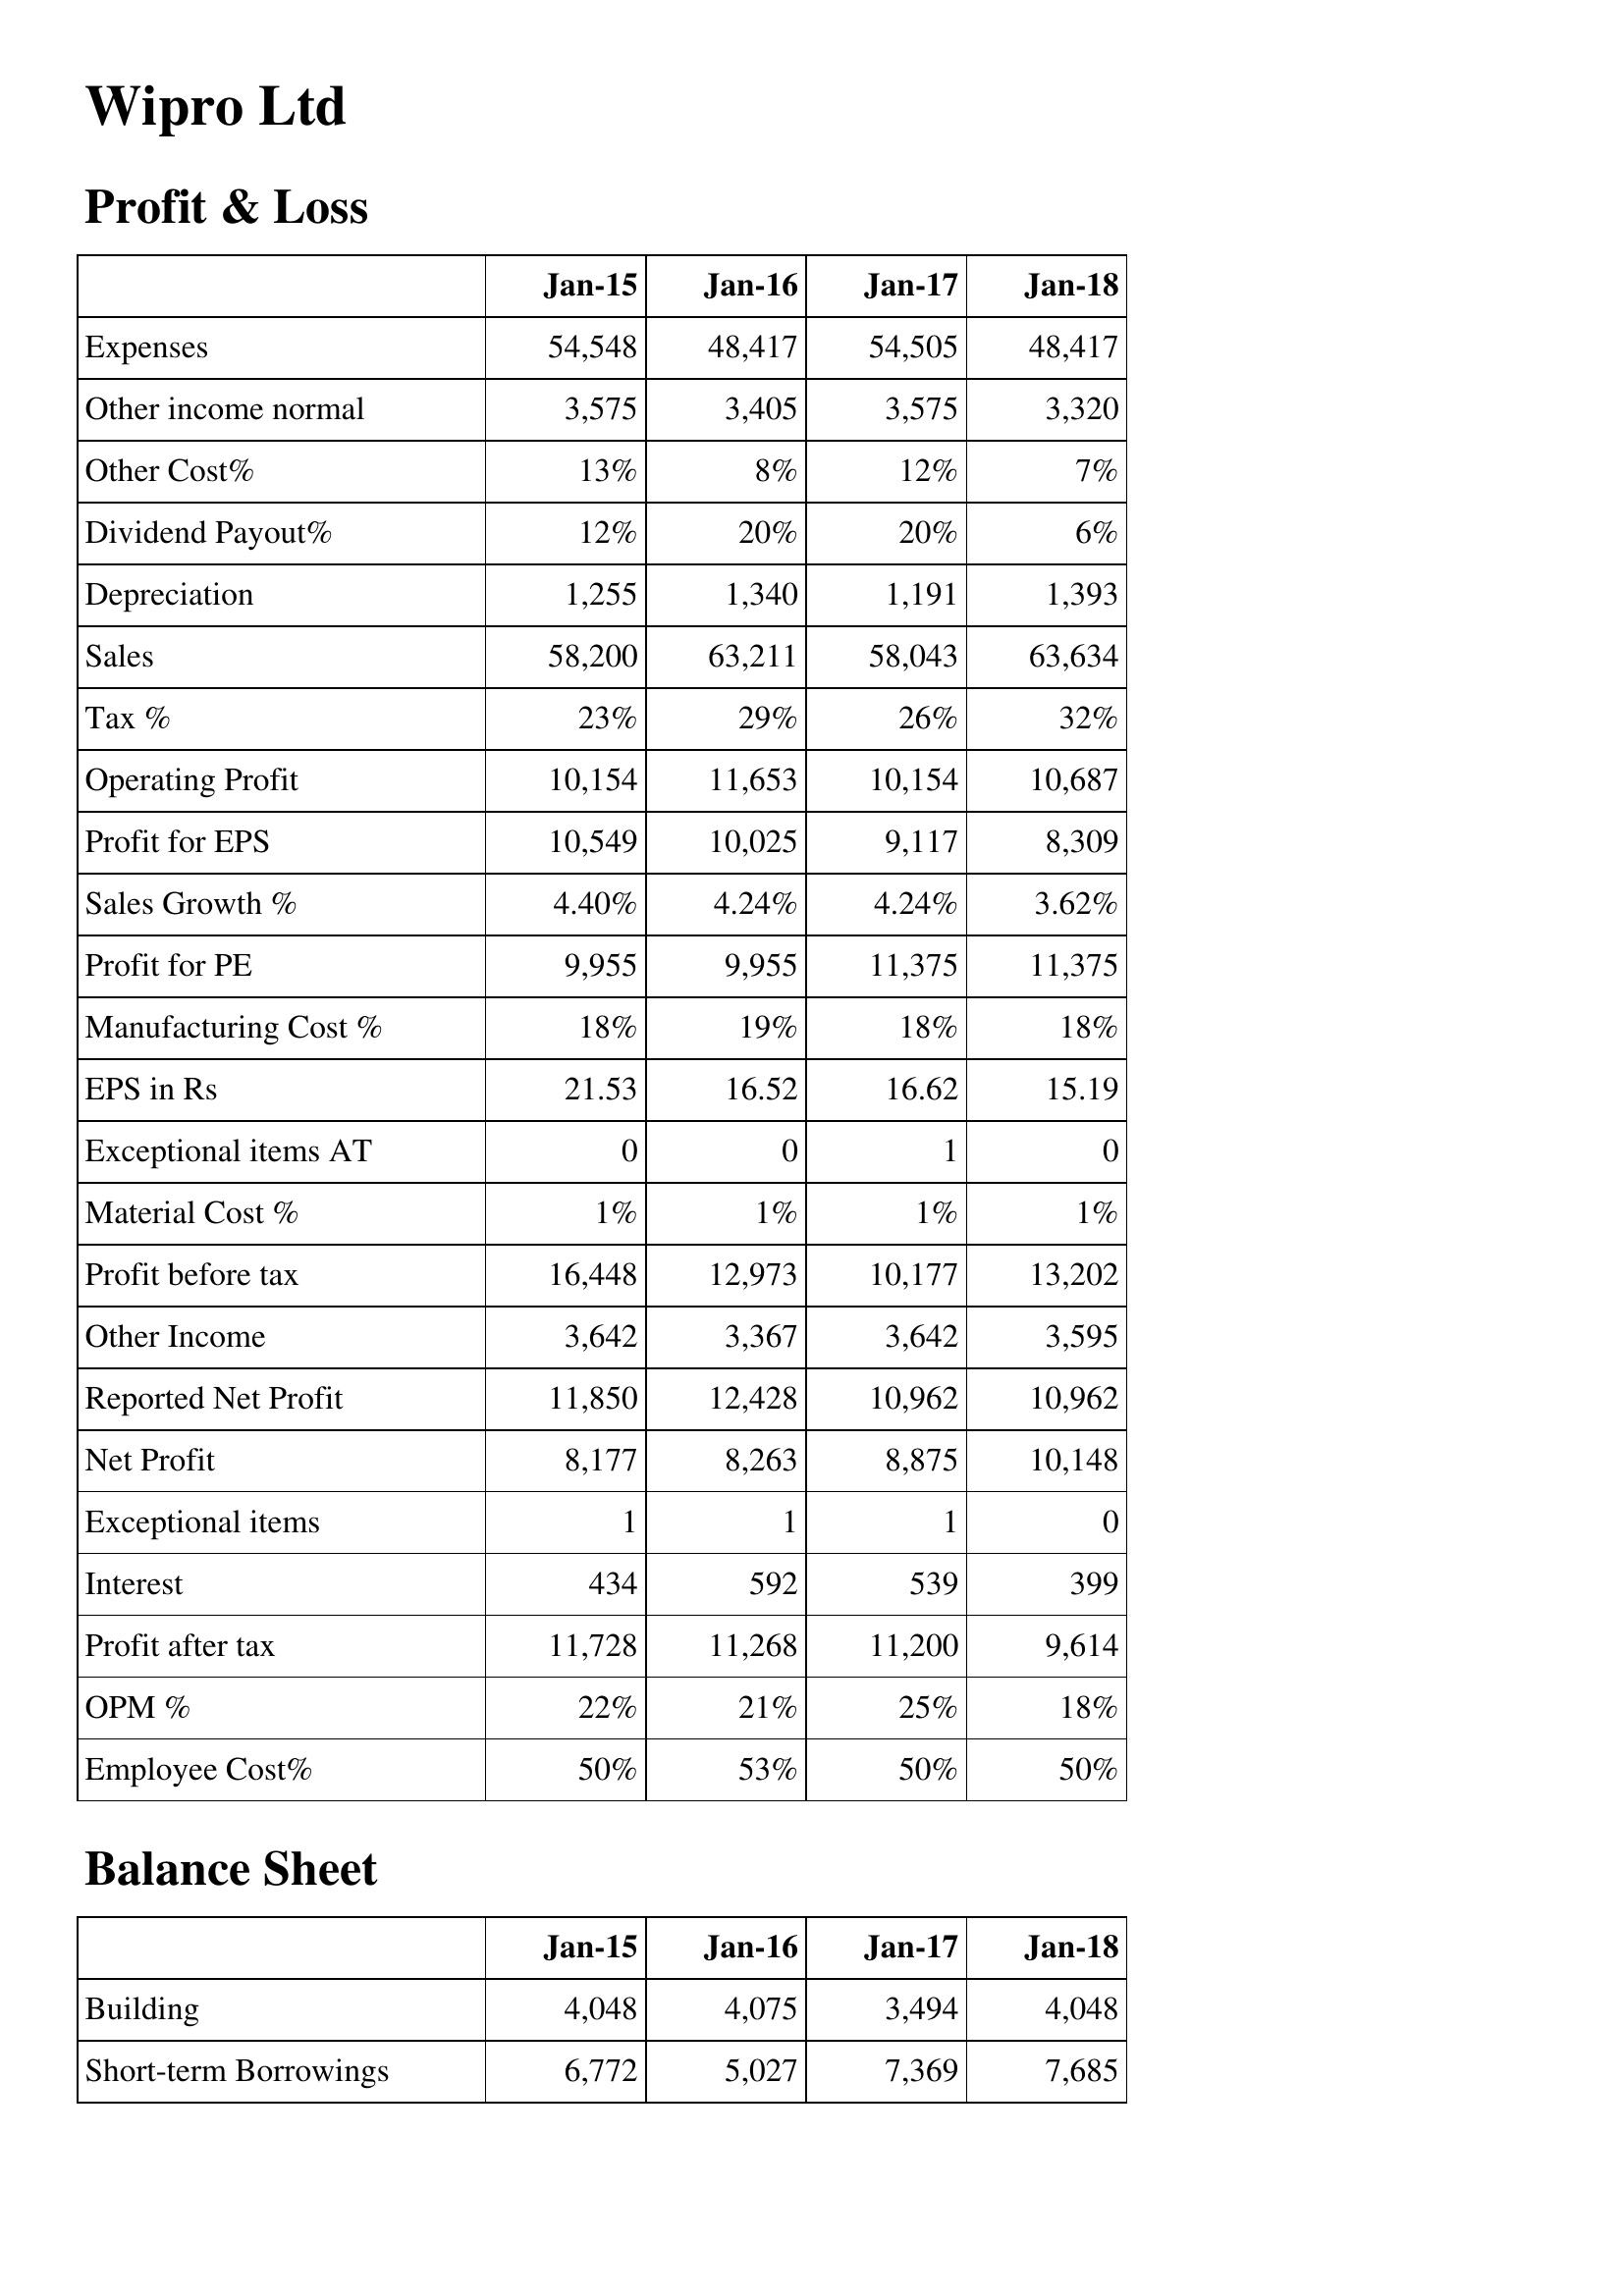
Jan-15: Profit & Loss: Expenses: 54,548
Other income normal: 3,575
Other Cost%: 13%
Dividend Payout%: 12%
Depreciation: 1,255
Sales: 58,200
Tax %: 23%
Operating Profit: 10,154
Profit for EPS: 10,549
Sales Growth %: 4.40%
Profit for PE: 9,955
Manufacturing Cost %: 18%
EPS in Rs: 21.53
Exceptional items AT: 0
Material Cost %: 1%
Profit before tax: 16,448
Other Income: 3,642
Reported Net Profit: 11,850
Net Profit: 8,177
Exceptional items: 1
Interest: 434
Profit after tax: 11,728
OPM %: 22%
Employee Cost%: 50%
Balance Sheet: Building: 4,048
Short-term Borrowings: 6,772
Jan-16: Profit & Loss: Expenses: 48,417
Other income normal: 3,405
Other Cost%: 8%
Dividend Payout%: 20%
Depreciation: 1,340
Sales: 63,211
Tax %: 29%
Operating Profit: 11,653
Profit for EPS: 10,025
Sales Growth %: 4.24%
Profit for PE: 9,955
Manufacturing Cost %: 19%
EPS in Rs: 16.52
Exceptional items AT: 0
Material Cost %: 1%
Profit before tax: 12,973
Other Income: 3,367
Reported Net Profit: 12,428
Net Profit: 8,263
Exceptional items: 1
Interest: 592
Profit after tax: 11,268
OPM %: 21%
Employee Cost%: 53%
Balance Sheet: Building: 4,075
Short-term Borrowings: 5,027
Jan-17: Profit & Loss: Expenses: 54,505
Other income normal: 3,575
Other Cost%: 12%
Dividend Payout%: 20%
Depreciation: 1,191
Sales: 58,043
Tax %: 26%
Operating Profit: 10,154
Profit for EPS: 9,117
Sales Growth %: 4.24%
Profit for PE: 11,375
Manufacturing Cost %: 18%
EPS in Rs: 16.62
Exceptional items AT: 1
Material Cost %: 1%
Profit before tax: 10,177
Other Income: 3,642
Reported Net Profit: 10,962
Net Profit: 8,875
Exceptional items: 1
Interest: 539
Profit after tax: 11,200
OPM %: 25%
Employee Cost%: 50%
Balance Sheet: Building: 3,494
Short-term Borrowings: 7,369
Jan-18: Profit & Loss: Expenses: 48,417
Other income normal: 3,320
Other Cost%: 7%
Dividend Payout%: 6%
Depreciation: 1,393
Sales: 63,634
Tax %: 32%
Operating Profit: 10,687
Profit for EPS: 8,309
Sales Growth %: 3.62%
Profit for PE: 11,375
Manufacturing Cost %: 18%
EPS in Rs: 15.19
Exceptional items AT: 0
Material Cost %: 1%
Profit before tax: 13,202
Other Income: 3,595
Reported Net Profit: 10,962
Net Profit: 10,148
Exceptional items: 0
Interest: 399
Profit after tax: 9,614
OPM %: 18%
Employee Cost%: 50%
Balance Sheet: Building: 4,048
Short-term Borrowings: 7,685